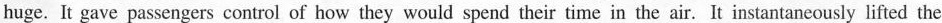
huge. It gave passengers control of how they would spend their time in the air. It instantaneously lifted the